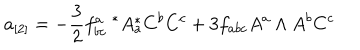
LaTeX: a _ { [ 2 ] } = - { \frac { 3 } { 2 } } f _ { b c } ^ { a } \ ^ { * } A _ { a } ^ { * } C ^ { b } C ^ { c } + 3 f _ { a b c } A ^ { a } \wedge A ^ { b } C ^ { c }